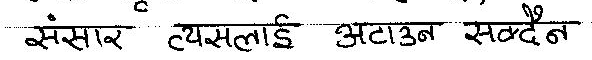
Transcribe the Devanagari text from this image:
संसार त्यसलाई अटाउन सक्दैन